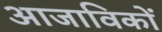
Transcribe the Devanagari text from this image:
आजाविकों